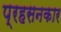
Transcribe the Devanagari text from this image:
प्रहसनकार